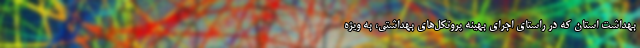
بهداشت استان که در راستای اجرای بهینه پروتکل‌های بهداشتی، به ویژه